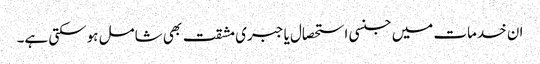
ان خدمات میں جنسی استحصال یا جبری مشقت بھی شامل ہوسکتی ہے۔